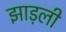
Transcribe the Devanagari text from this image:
झाड़ली